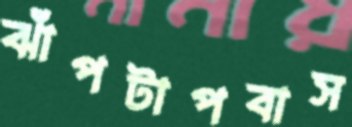
ঝাঁপটাপবাস